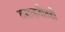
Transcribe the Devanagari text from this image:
वसाहतीतही